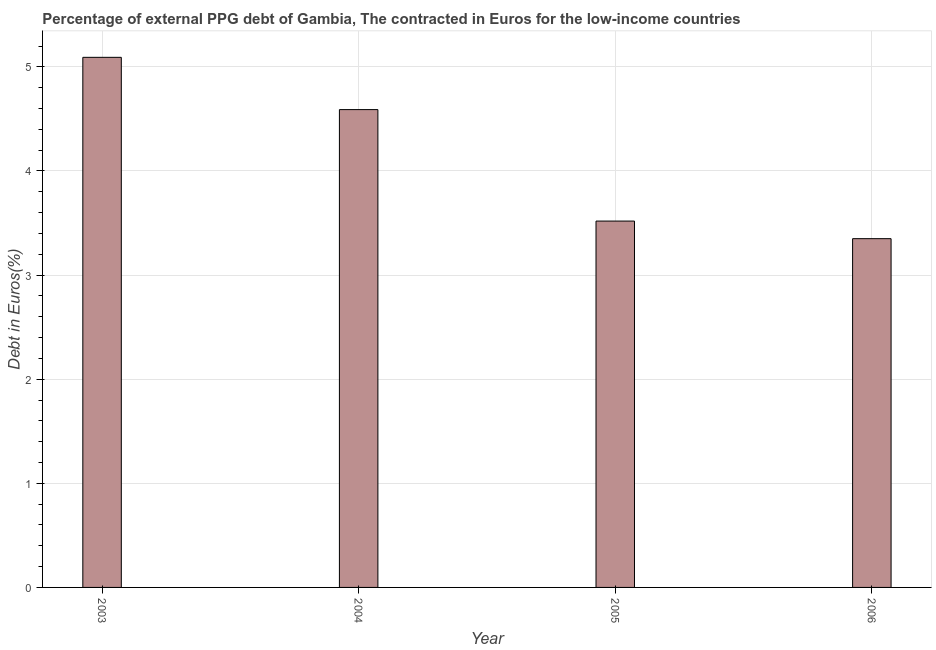
| Year | Currency composition of PPG debt |
 | --- | --- |
 | 2003 | 5.09 |
 | 2004 | 4.59 |
 | 2005 | 3.52 |
 | 2006 | 3.35 |